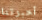
أخبرتنا